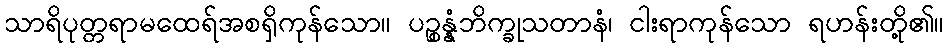
သာရိပုတ္တရာမထေရ်အစရှိကုန်သော။ ပဉ္စန္နံဘိက္ခုသတာနံ၊ ငါးရာကုန်သော ရဟန်းတို့၏။